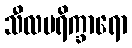
သီလပရိက္ခာရော